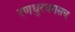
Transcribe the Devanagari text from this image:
रणधुरंधरासच